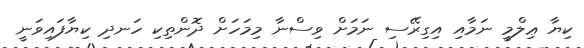
ކިޔާ ޢިލްމީ ނަމާއި އިގިރޭސި ނަމަށް ވިސްނާ މިމަހަށް ދޮންތިކި ހަނދި ކިޔާފައިވަނީ